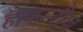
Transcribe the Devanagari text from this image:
है।कन्नौज